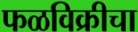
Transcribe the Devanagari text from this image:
फळविक्रीचा